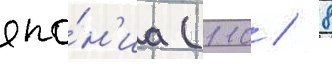
япо́н'иа (110 / 8